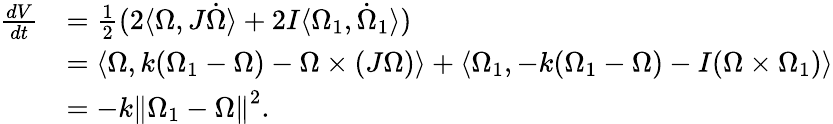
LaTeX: \begin{array}{rl}{\frac{dV}{dt}}&{=\frac{1}{2}(2\langle\Omega,J\dot{\Omega}\rangle+2I\langle\Omega_{1},\dot{\Omega}_{1}\rangle)}\\ &{=\langle\Omega,k(\Omega_{1}-\Omega)-\Omega\times(J\Omega)\rangle+\langle\Omega_{1},-k(\Omega_{1}-\Omega)-I(\Omega\times\Omega_{1})\rangle}\\ &{=-k\left\lVert\Omega_{1}-\Omega\right\rVert^{2}.}\end{array}